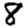
Digit: 8